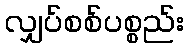
လျှပ်စစ်ပစ္စည်း